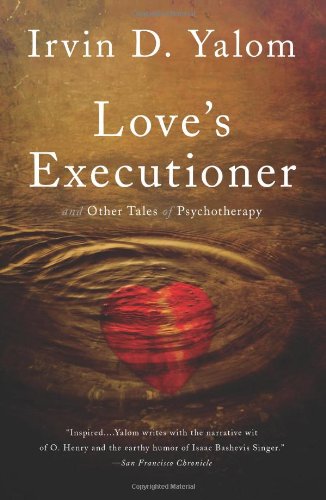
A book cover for Love's Executioner: & Other Tales of Psychotherapy; Irvin D. Yalom; Medical Books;